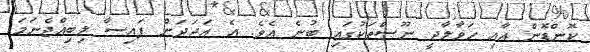
ކޮންޑޮން އާއި ހަވާލާދީ ނޫސްތަކުގައި ބުނެ އެވެ. އެ އަދަދަށް ފައިސާ ލިބިއްޖެނަމަ